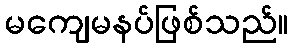
မကျေမနပ်ဖြစ်သည်။